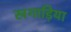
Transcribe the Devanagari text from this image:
खगाड़िया